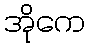
အိုကေ